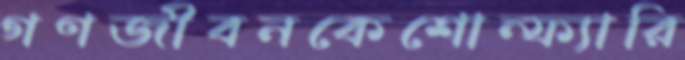
গণজীবনকেশোন্ফ্যারি